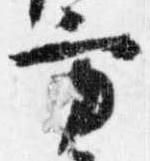
方